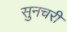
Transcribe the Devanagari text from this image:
सुनचरी